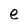
Character: e